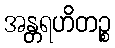
အန္တရဟိတဉ္စ